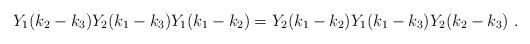
\begin{align*}Y_1(k_2-k_3)Y_2(k_1-k_3)Y_1(k_1-k_2)=Y_2(k_1-k_2)Y_1(k_1-k_3)Y_2(k_2-k_3)~.\end{align*}